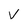
Character: V